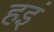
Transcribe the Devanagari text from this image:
हइं